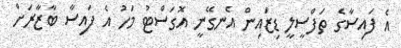
އެ ފައިސާގެ ތަފްސީލީ ޑިޒައިން އެނގޭނީ އޮގަސްޓު މަހު އެ ފައިސާ ބާޒާރަށް